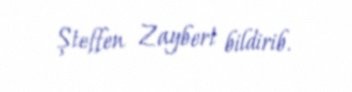
Şteffen Zaybert bildirib.